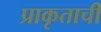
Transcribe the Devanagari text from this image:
प्राकृताची